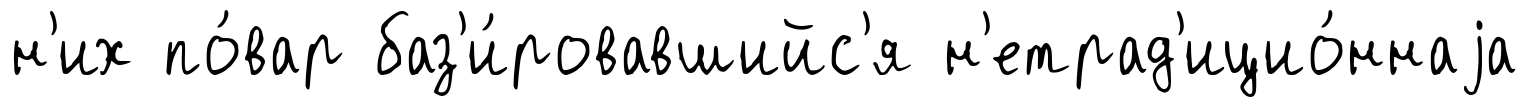
н'их по́вар баз'и́ровавшийс'я н'етрад'ицио́ннаjа